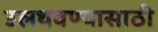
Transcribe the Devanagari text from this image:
उलथवण्यासाठी